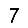
Digit: 7